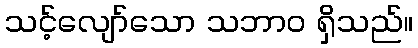
သင့်လျော်သော သဘာဝ ရှိသည်။